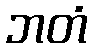
ဘတံ